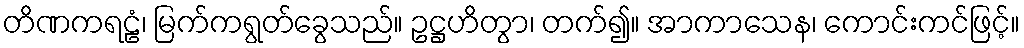
တိဏကရဠံ၊ မြက်ကရွတ်ခွေသည်။ ဥဋ္ဌဟိတွာ၊ တက်၍။ အာကာသေန၊ ကောင်းကင်ဖြင့်။